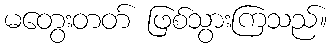
မတွေးတတ် ဖြစ်သွားကြသည်။